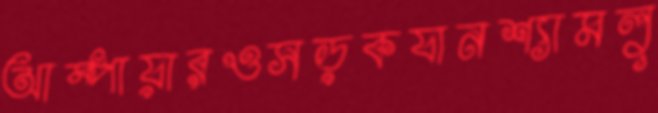
আম্পায়ারওসড়কযানশ্যামলু